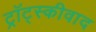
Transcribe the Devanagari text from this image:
ट्रॉट्स्कीवाद